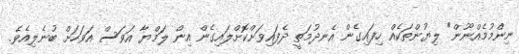
ނިންމުމެއްނޫން" ލިޔުންތަކެއް ހިފައިގެން އެނދުމަތީ ދެފައިވަށްކޮށްލައިގެން އިން ލަމްޔާ އަވަސް އަވަހަށް ބުނެލިއެވެ.